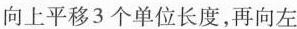
向上平移3个单位长度，再向左